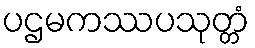
ပဌမကဿပသုတ္တံ